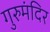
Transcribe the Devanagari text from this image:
गुरुमंदिर